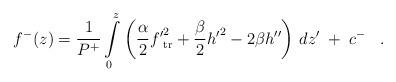
LaTeX: \begin{align*}f^-(z) = {1\over P^+} \int\limits_0^z\left({\alpha\over 2} {f'}_{\rm tr}^2 + {\beta\over 2}{h'}^2 -2\beta h''\right)\,dz'\;+\;c^-\;\;\;.\end{align*}